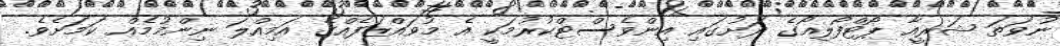
ނުވަތަ ޝަރީއާ ޕޯޓްފޯލިއޯގެ ދަށުގައި އިންވެސްޓްކުރުމަކީ އެ މުވައްޒަފެއްގެ އަމިއްލަ ނިންމުމެއް ކަމަށެވެ.